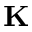
\mathbf { K }